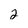
Character: 2